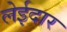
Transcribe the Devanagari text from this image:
लेईदार